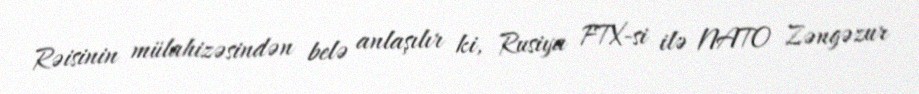
Rəisinin mülahizəsindən belə anlaşılır ki, Rusiya FTX-si ilə NATO Zəngəzur